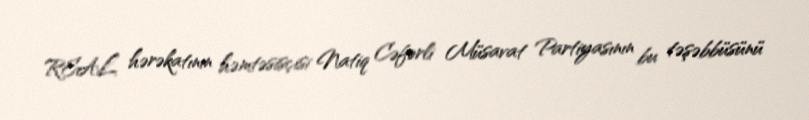
REAL hərəkatının həmtəsisçisi Natiq Cəfərli Müsavat Partiyasının bu təşəbbüsünü